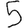
Digit: 5